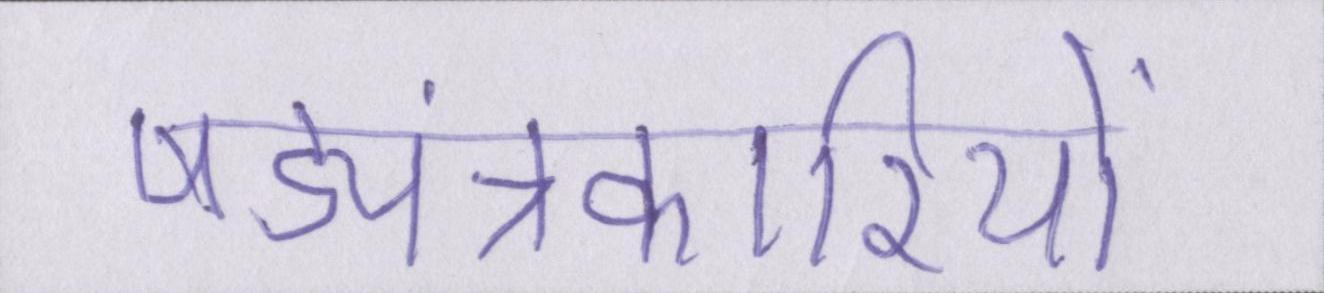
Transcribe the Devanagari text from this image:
षड्यंत्रकारियों